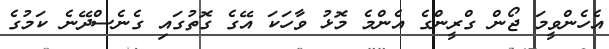
އެހެންވީމަ ޖޯން ގްރީންގެ އެންމެ މޮޅު ވާހަކަ އޭގެ ގޮތުގައި ގެނެސްދޭނެ ކަމުގެ